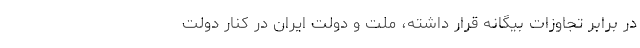
در برابر تجاوزات بیگانه قرار داشته، ملت و دولت ایران در کنار دولت